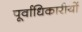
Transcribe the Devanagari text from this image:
पूर्वाधिकारीयों